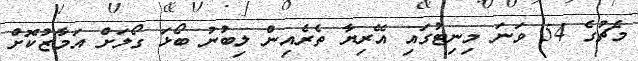
މެޗުގެ 54 ވަނަ މިނިޓުގައި އޭރިޔާ ތެރެއިން ލިބުނު ބޯޅަ ގޯލަށް އަމާޒުކޮށް